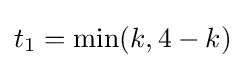
t_{1}=\min(k,4-k)